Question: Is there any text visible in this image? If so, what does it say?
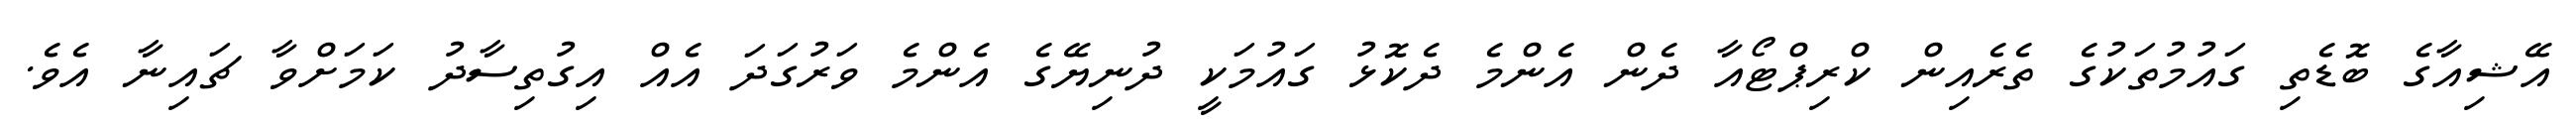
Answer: އޭޝިއާގެ ބޮޑެތި ގައުމުތަކުގެ ތެރެއިން ކްރިޕްޓޯއާ ދެން އެންމެ ދެކޮޅު ގައުމަކީ ދުނިޔޭގެ އެންމެ ވަރުގަދަ އެއް އިގުތިސާދު ކަމަށްވާ ޗައިނާ އެވެ.